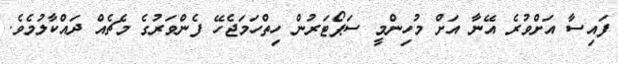
ފައިސާ އަށްވުރެ އޭނާ އަށް މުހިންމީ ސަޕޯޓަރުން ހިތްހަމަޖެހޭ ފެންވަރުގެ މެޗެއް ދައްކާލުމެވެ.